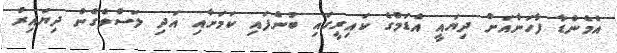
އެމެންޑާ ފާހަނާއަށް ދިޔައީ އެޑަމްގެ ކައިރީގައި ބުނެފައި ކަމަށާއި އަދި ލަސްވެގެން ދިޔައިރު